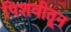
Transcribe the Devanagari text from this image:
पिशवीतून